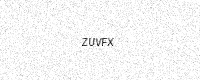
Text: ZUVFX